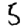
Digit: 5